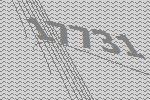
17731